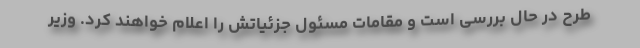
طرح در حال بررسی است و مقامات مسئول جزئیاتش را اعلام خواهند کرد. وزیر